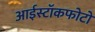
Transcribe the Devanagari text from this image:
आईस्टॉकफोटो